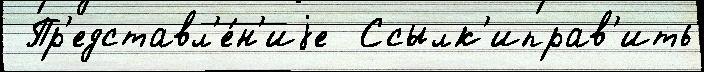
 Пр'едставл'е́н'иjе  Ссылк'иправ'ить